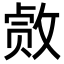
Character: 𫿂